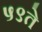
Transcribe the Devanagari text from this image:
५९ते